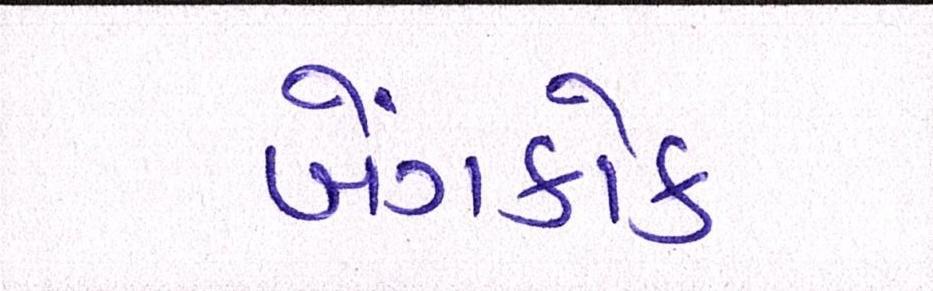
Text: બેંગકોક